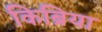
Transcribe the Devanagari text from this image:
किब्रिया